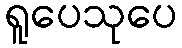
ရူပေသုပေ